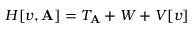
H [ v , \mathbf { A } ] = T _ { \mathbf { A } } + W + V [ v ]